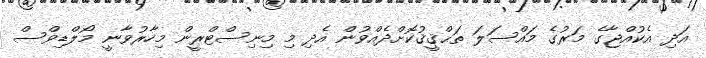
އަދި އެކުއްޖާގެ މަރުގެ މައްސަލަ ތަޙްޤީޤުކޮށްދެއްވުން އެދި މި މިނިސްޓްރީން މިހާރުވާނީ މޯލްޑިވްސް